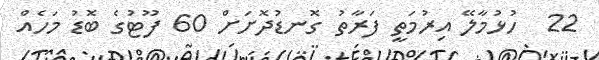
22  ހުޅުމާލޭ އިރުމަތީ ފަރާތު ގޮނޑުދޮށަށް 60 ފޫޓުގެ ބޮޑު މަހެއް